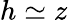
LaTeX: h\simeq z